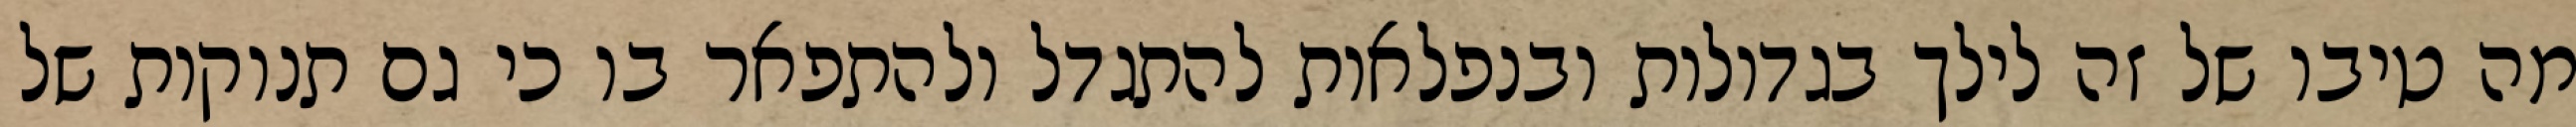
מה טיבו של זה לילך בגדולות ובנפלאות להתגדל ולהתפאר בו כי גם תנוקות של